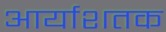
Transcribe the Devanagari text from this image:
आर्याशतक